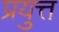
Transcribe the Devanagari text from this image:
प्रयुत्त